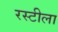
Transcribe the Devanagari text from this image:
रस्टीला